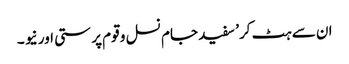
ان سے ہٹ کر’ سفید جام نسل و قوم پر ستی اور نیو ۔